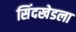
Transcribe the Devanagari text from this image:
सिंदखेडला